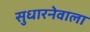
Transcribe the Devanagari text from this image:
सुधारनेवाला